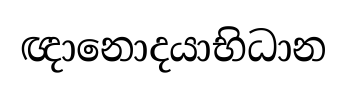
ඥානොදයාභිධාන